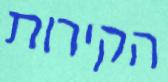
הקירות